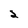
Character: 2